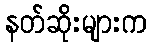
နတ်ဆိုးများက